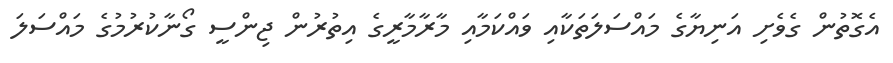
އެގޮތުން ގެވެށި އަނިޔާގެ މައްސަލަތަކާއި ވައްކަމާއި މާރާމާރީގެ އިތުރުން ޖިންސީ ގޯނާކުރުމުގެ މައްސަލަ